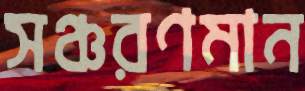
সঞ্চরণমান